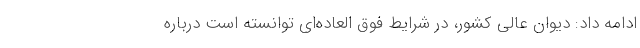
ادامه داد: دیوان عالی کشور، در شرایط فوق العاده‌ای توانسته است درباره